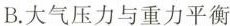
B.大气压力与重力平衡